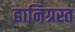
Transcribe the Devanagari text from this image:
हानिग्रस्त